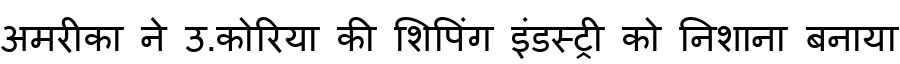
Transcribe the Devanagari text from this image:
अमरीका ने उ.कोरिया की शिपिंग इंडस्ट्री को निशाना बनाया